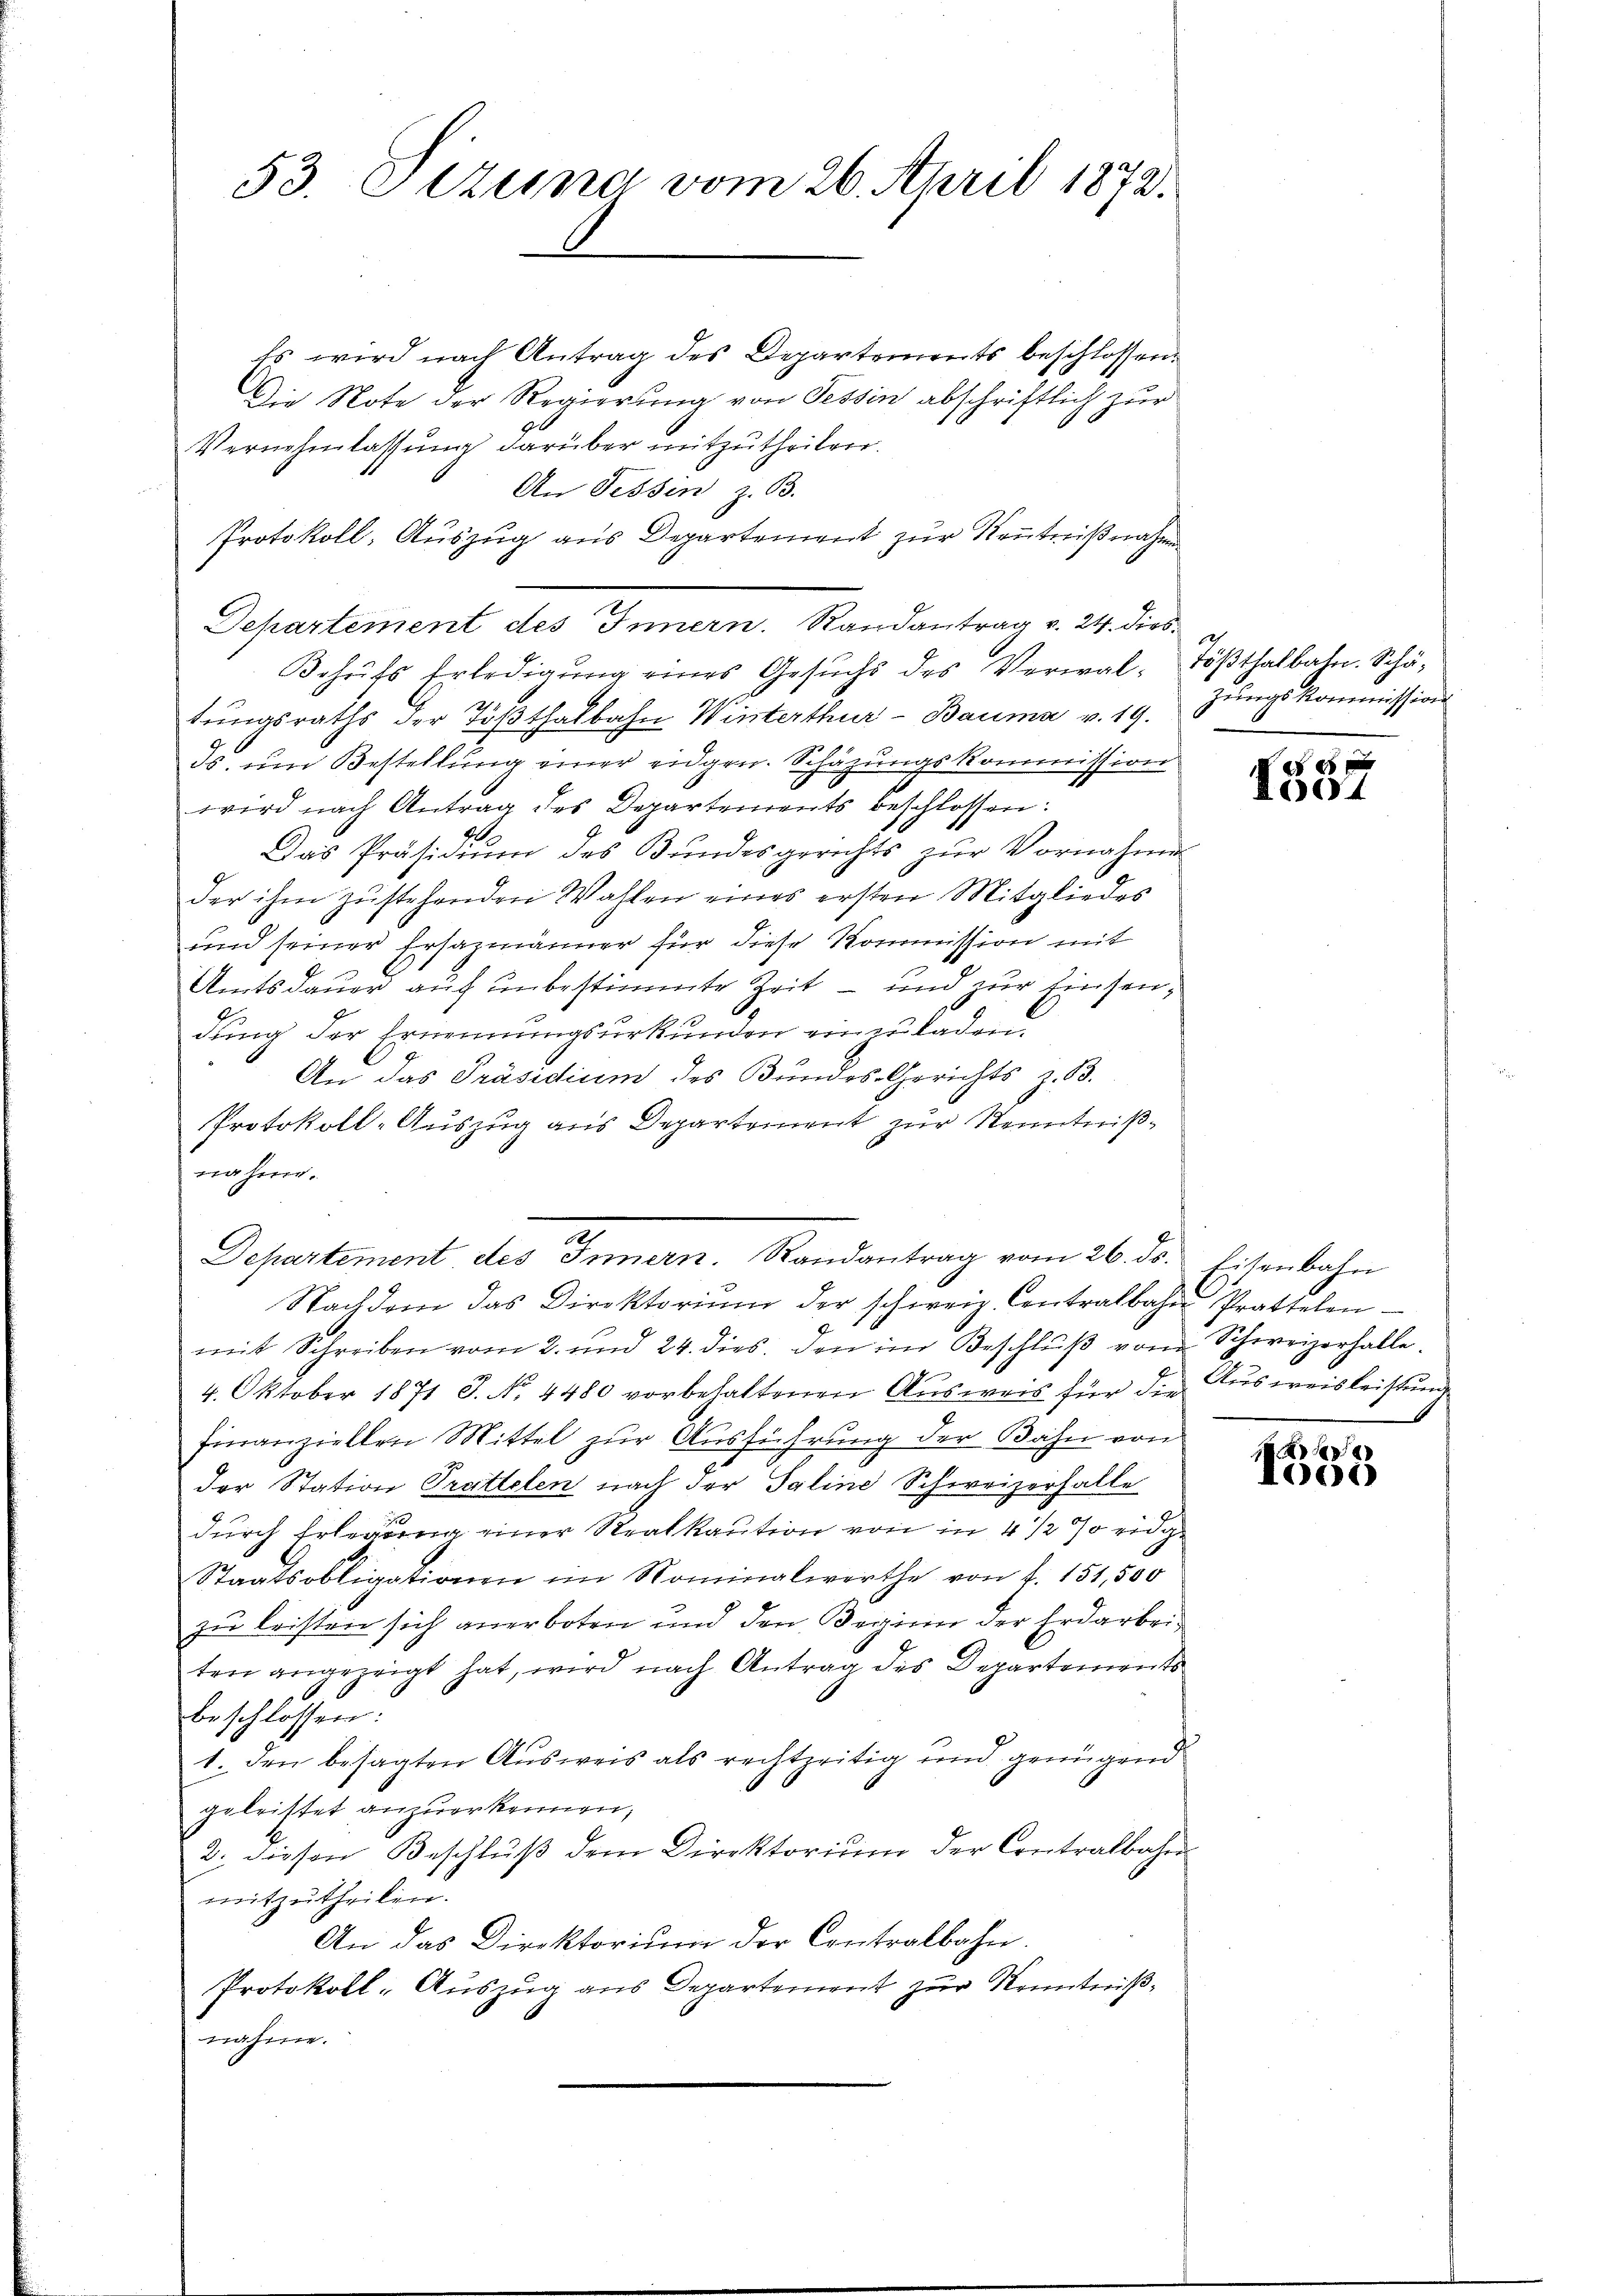
53. Sitzung vom 26. April 1872.

Es wird nach Antrag des Departements beschlossen.
Die Note der Regierung von Tessin abschriftlich zur
Vernehmlassung darüber mitzutheilen.
An Tessin z. B.
Protokoll- Auszug aus Departement zur Kenntnißnahme
Behŭfs Erledigŭng eines Gesŭchs des Verwal- Tößthalbahn. Schä-
tŭngsraths der Tößthalbahn Winterthur - Bauma v. 19. Jŭngskommission
ds. um Bestellung einer eidgen. Schäzungskommission
wird nach Antrag des Departements beschlossen:
.
Das Präsidium des Bundesgerichts zur Vornahme
der ihm zustehenden Wahlen eines ersten Mitgliedes
und seiner Ersazmänner für diese Kommission mit
Amtsdauer auf unbestimmte Zeit – und zur Einsen¬
2
dung der Ernennungsurkunden einer laden.
An das Präsidium des Bundes Gerichts z. B.
Protokoll-Auszug aus Departement zur Kenntnißnahm.
.
Departement des Innern. Randantrag vom 26. ds. Eisenbahn
Nachdem das Direktoriŭm der schweiz. Contralbahre Prattelen
mit Schreiben vom 2. und 24. dies den im Beschlŭβ vom Schweizerhalle¬
4. Oktober 1871 J. No. 4480 vorbehaltenen Aŭsweis für die Aŭsweisleistŭnde
finanziellen Mittel zur Ausführung der Bahn von
der Station Trattelen nach der Saline Schweizerfalle
durch Erlegung einer Stralkaution von in 4 1/2 % eidge
Staatsobligationen im Nominalwerthe von f. 151,500
zu leisten sich anerboten und den Beginn der Erdarbeiten angezeigt hat, wird nach Antrag des Departements
beschlossen:
1. den besagten Ausweis als rechtzeitig und genügend
geleistet anzuerkennen,
2. diesen Beschlŭβ dem Direktorium der Contralbahn
mitzutheilen.
An das Direktoriŭm der Contralbahn.
Protokoll-Auszug aus Departement zur Kenntnißnahme.

Departement des Innern. Randantrag v. 24. dies¬

12

1004

e
61)